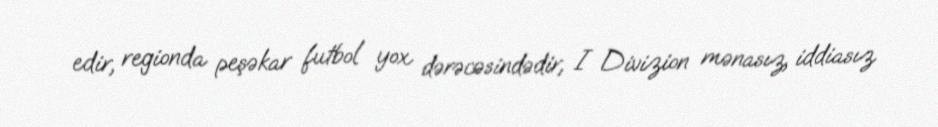
edir, regionda peşəkar futbol yox dərəcəsindədir, I Divizion mənasız, iddiasız